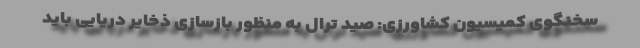
سخنگوی کمیسیون کشاورزی: صید ترال به منظور بازسازی ذخایر دریایی باید